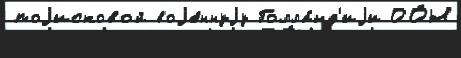
поjисковой воjе́ннуjу Голла́нд'иjи ОО́Н